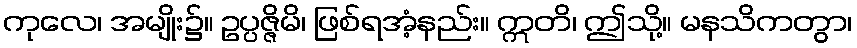
ကုလေ၊ အမျိုး၌။ ဥပ္ပဇ္ဇိမိ၊ ဖြစ်ရအံ့နည်း။ ဣတိ၊ ဤသို့။ မနသိကတွာ၊